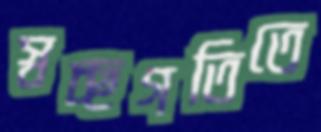
স্বচ্ছগতিতে